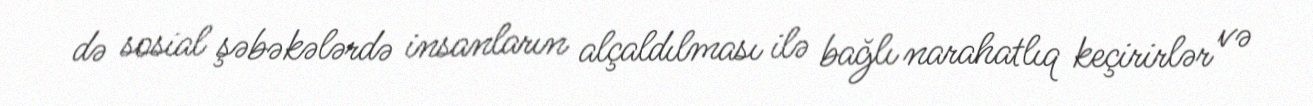
də sosial şəbəkələrdə insanların alçaldılması ilə bağlı narahatlıq keçirirlər və